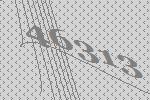
46313